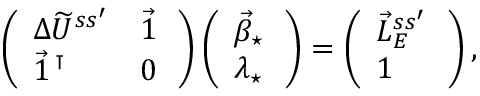
\begin{array} { r } { \left( \begin{array} { l l } { \Delta \widetilde U ^ { s s ^ { \prime } } } & { \vec { 1 } \, } \\ { \vec { 1 } \, ^ { \intercal } } & { 0 \, } \end{array} \right) \left( \begin{array} { l } { \vec { \beta } _ { \star } \, } \\ { \lambda _ { \star } \, } \end{array} \right) = \left( \begin{array} { l } { \vec { L } _ { E } ^ { s s ^ { \prime } } \, } \\ { 1 } \end{array} \right) , } \end{array}